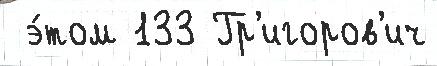
 э́том 133 Гр'игоров'ич